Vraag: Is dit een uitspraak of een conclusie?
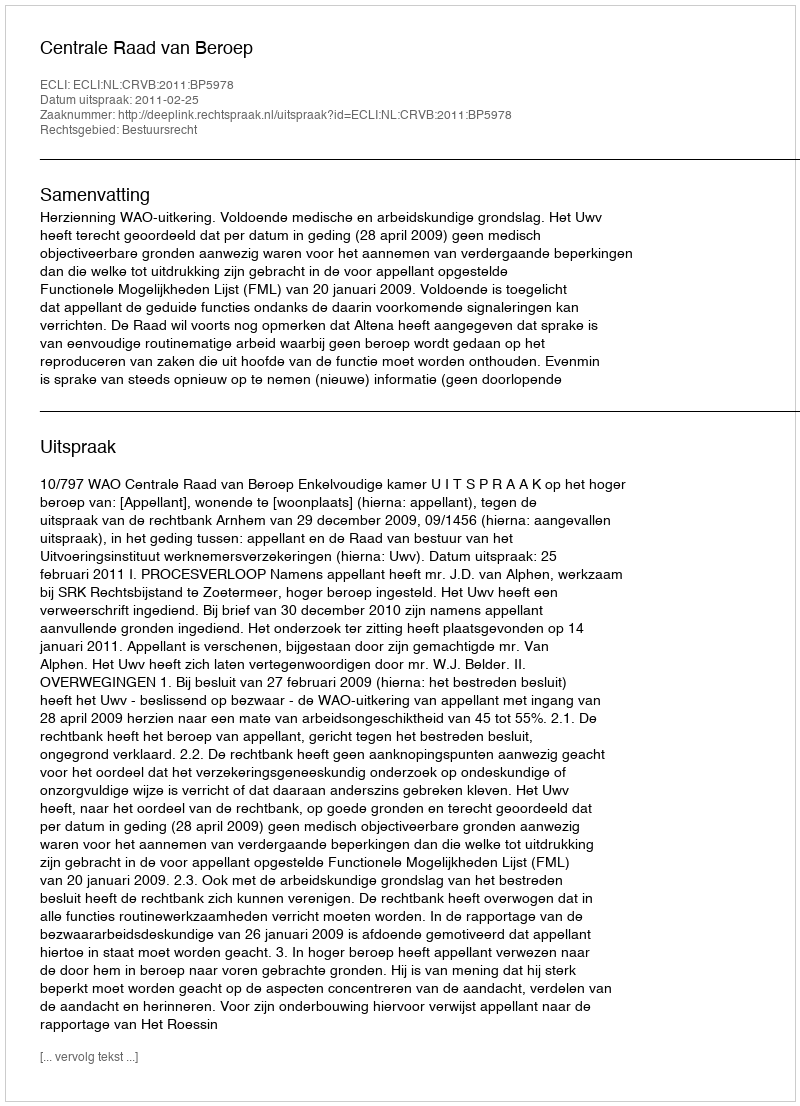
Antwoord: Uitspraak